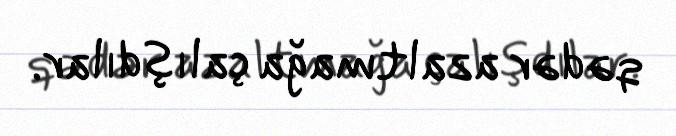
qədər azaltmağa çalışdılar.